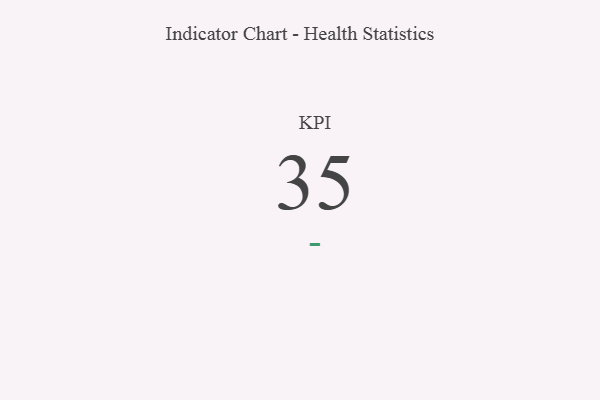
{"axis": {"x": "KPI", "y": "Value"}, "legend": [""], "data": [{"x": "KPI", "y": 35, "type": ""}]}